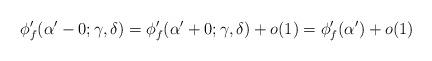
LaTeX: \begin{align*}\phi_f'(\alpha'-0;\gamma,\delta)=\phi_f'(\alpha'+0;\gamma,\delta)+o(1)=\phi_f'(\alpha')+o(1)\end{align*}